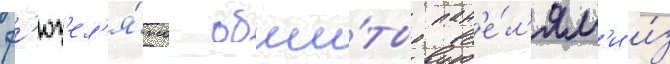
ф'юз'ел'я́жа обши́ты пан'е́л'ям'и и́з